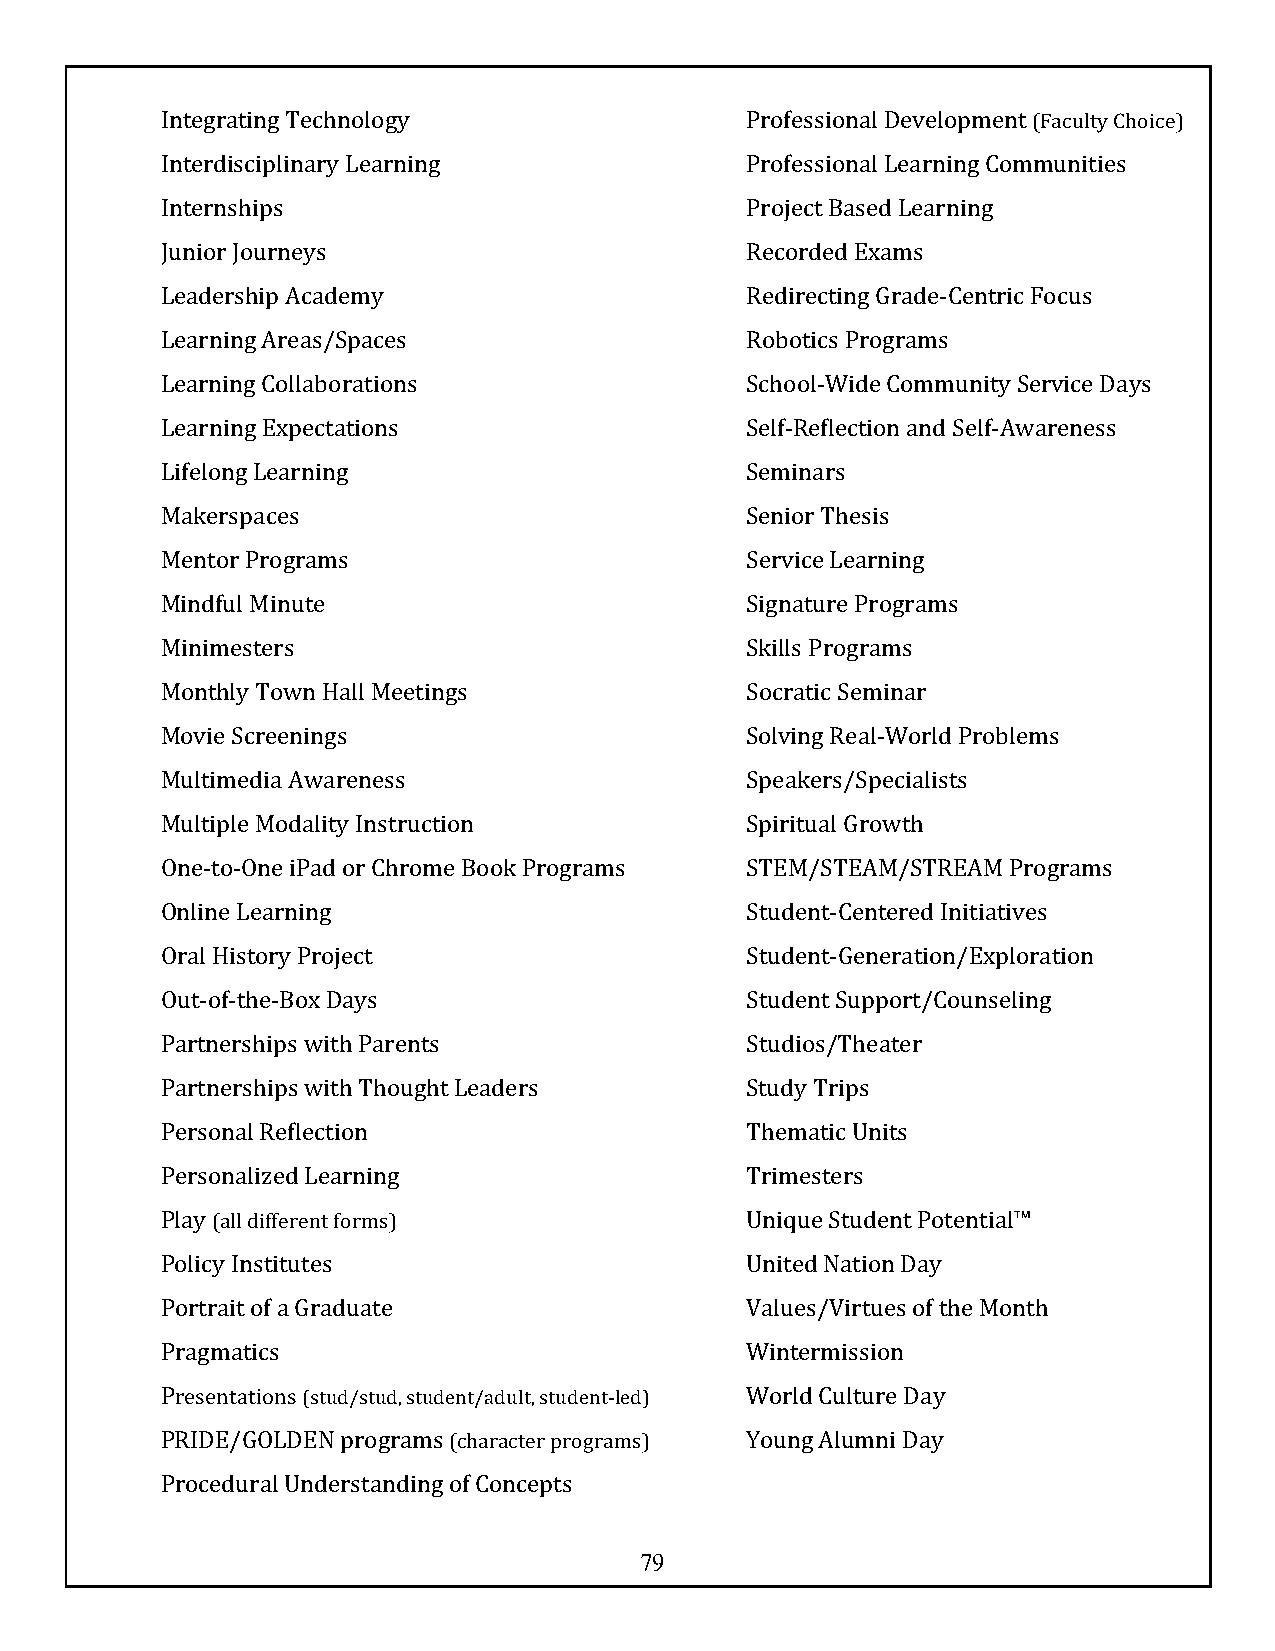
Integrating Technology                Professional Development (Faculty Choice)
 Interdisciplinary Learning            Professional Learning Communities
 Internships                           Project Based Learning
 Junior Journeys                       Recorded Exams
 Leadership Academy                    Redirecting Grade-Centric Focus
 Learning Areas/Spaces                 Robotics Programs
 Learning Collaborations               School-Wide Community Service Days
 Learning Expectations                 Self-Reflection and Self-Awareness
 Lifelong Learning                     Seminars
 Makerspaces                           Senior Thesis
 Mentor Programs                       Service Learning
 Mindful Minute                        Signature Programs
 Minimesters                           Skills Programs
 Monthly Town Hall Meetings            Socratic Seminar
 Movie Screenings                      Solving Real-World Problems
 Multimedia Awareness                  Speakers/Specialists
 Multiple Modality Instruction         Spiritual Growth
 One-to-One iPad or Chrome Book Programs STEM/STEAM/STREAM Programs
 Online Learning                       Student-Centered Initiatives
 Oral History Project                  Student-Generation/Exploration
 Out-of-the-Box Days                   Student Support/Counseling
 Partnerships with Parents             Studios/Theater
 Partnerships with Thought Leaders     Study Trips
 Personal Reflection                   Thematic Units
 Personalized Learning                 Trimesters
 Play (all different forms)            Unique Student Potential™
 Policy Institutes                     United Nation Day
 Portrait of a Graduate                Values/Virtues of the Month
 Pragmatics                            Wintermission
 Presentations (stud/stud, student/adult, student-led) World Culture Day
 PRIDE/GOLDEN programs (character programs) Young Alumni Day
 Procedural Understanding of Concepts
 79